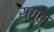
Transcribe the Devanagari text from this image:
सगह्